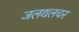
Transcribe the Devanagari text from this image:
जलथलचर